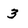
Character: 3